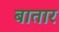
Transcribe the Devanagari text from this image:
बातार